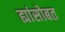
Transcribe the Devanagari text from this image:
ह्यांसोबत